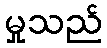
မှုသည်